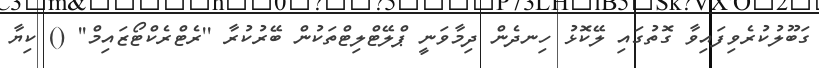
ގަބޫލުކުރެވިފައިވާ ގޮތުގައި ލޭކޮޅު ހިނދެން ދިމާވަނީ ޕްލޭޓްލިޓްތަކުން ބޭރުކުރާ ''ރެޓްރެކްޓޯޒައިމް'' () ކިޔާ